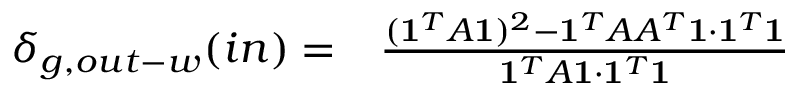
\begin{array} { r l } { \delta _ { g , o u t - w } ( i n ) = } & { { } \frac { ( \mathbf { 1 } ^ { T } A \mathbf { 1 } ) ^ { 2 } - \mathbf { 1 } ^ { T } A A ^ { T } \mathbf { 1 } \cdot \mathbf { 1 } ^ { T } \mathbf { 1 } } { \mathbf { 1 } ^ { T } A \mathbf { 1 } \cdot \mathbf { 1 } ^ { T } \mathbf { 1 } } } \end{array}